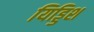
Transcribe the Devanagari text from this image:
यिड्डिश